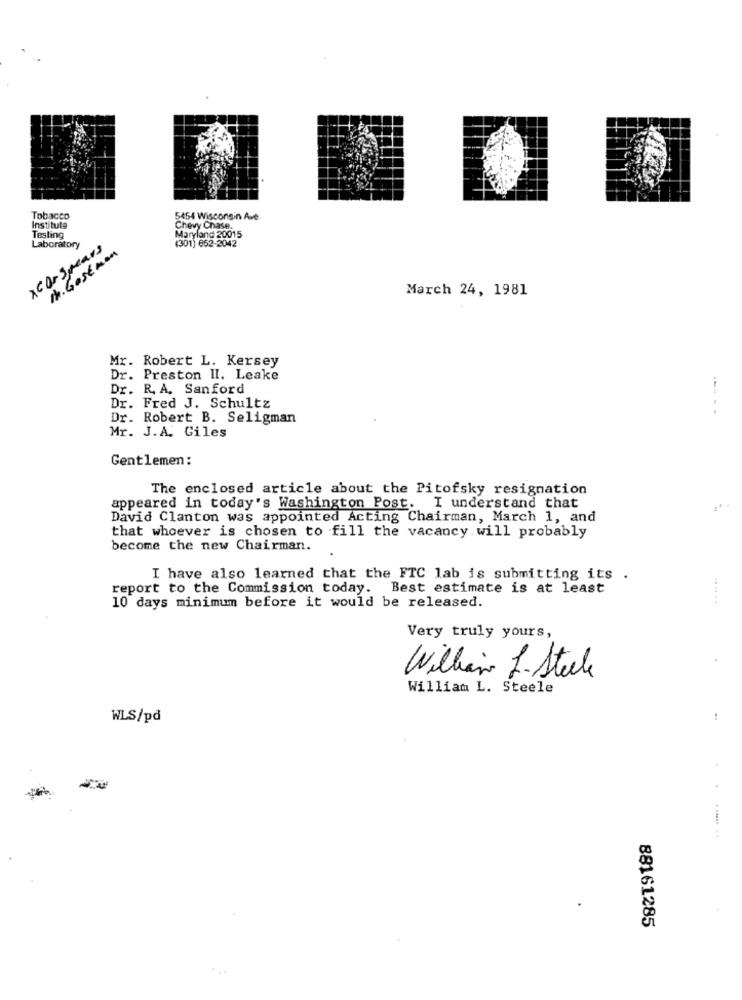
Tobacco
5454 Wisconsin Ave
Institula
Chevy Chase.
Maryland 20015
Testing
xcOr Spears
Laboratory
I. Gostaan
(301) 652-2042
March 24, 1981
Mr. Robert L. Kersey
Dr. Preston II. Leake
Dr. R. A. Sanford
Dr. Fred J. Schultz
--- - -
Dr. Robert B. Seligman
Mr. J.A. Giles
Gentlemen:
The enclosed article about the Pitofsky resignation
appeared in today's Washington Post. I understand that
David Clanton was appointed Acting Chairman, March 1, and
that whoever is chosen to fill the vacancy will probably
become the new Chairman.
I have also learned that the FTC lab is submitting its .
report to the Commission today. Best estimate is at least
10 days minimum before it would be released.
Very truly yours,
William S- Steele
William L. Steele
WLS/pd
!
+
88161285